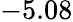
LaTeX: -5.08